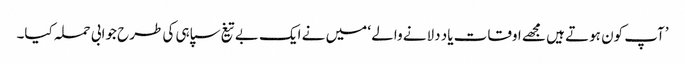
’آپ کون ہوتے ہیں مجھے اوقات یاد دلانے والے ‘ میں نے ایک بے تیغ سپاہی کی طرح جوابی حملہ کیا۔